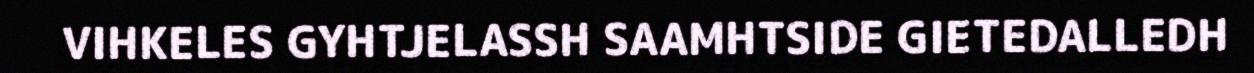
VIHKELES GYHTJELASSH SAAMHTSIDE GIETEDALLEDH